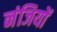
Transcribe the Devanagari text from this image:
नंजियों